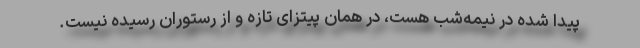
پیدا شده در نیمه‌شب هست، در همان پیتزای تازه و از رستوران رسیده نیست.